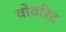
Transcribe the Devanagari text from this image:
वोवरिट